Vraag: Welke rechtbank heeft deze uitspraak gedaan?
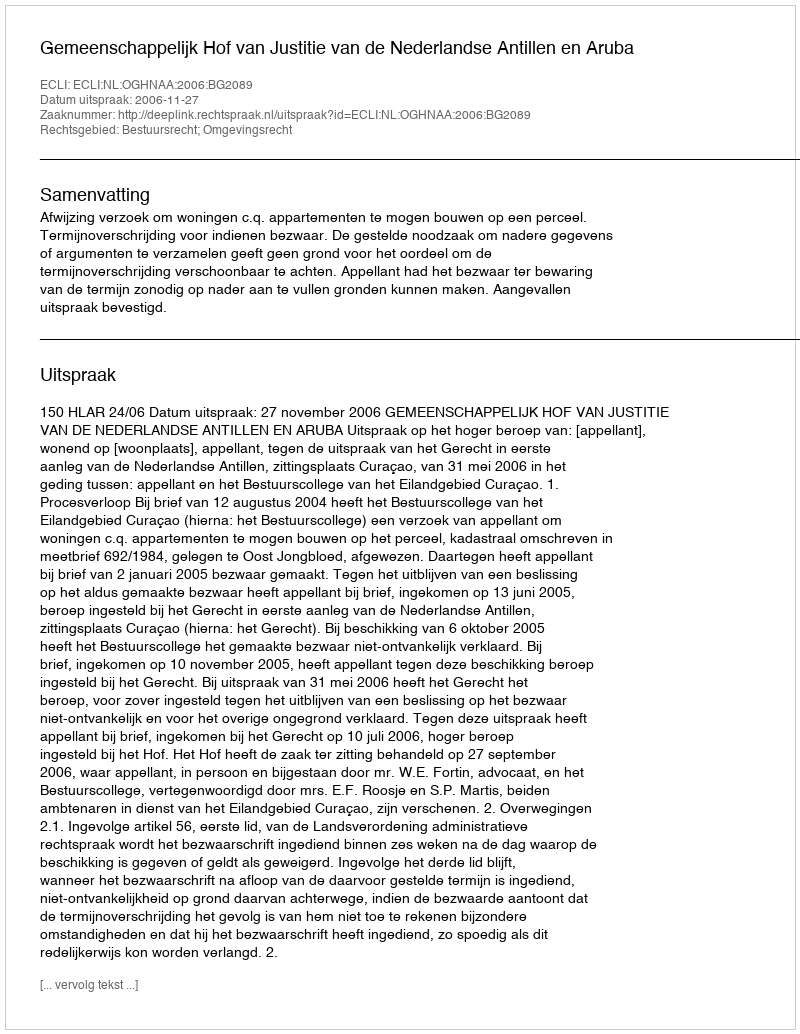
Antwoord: Gemeenschappelijk Hof van Justitie van de Nederlandse Antillen en Aruba